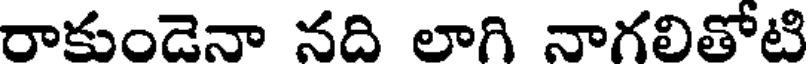
రాకుండెనా నది లాగి నాగలితోటి